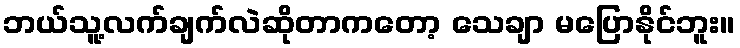
ဘယ်သူ့လက်ချက်လဲဆိုတာကတော့ သေချာ မပြောနိုင်ဘူး။